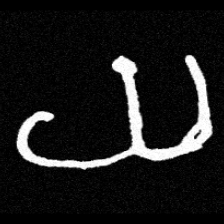
Pyu character \u2014 Myanmar letter: ယ (romanized: ya)